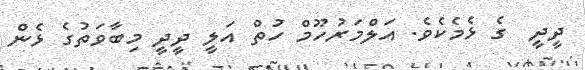
ދީދީ  ގެ ޅެމެކެވެ. އަލްމަރުހޫމް ހުތް އަލީ ދީދީ މިބާވަތުގެ ޅެން